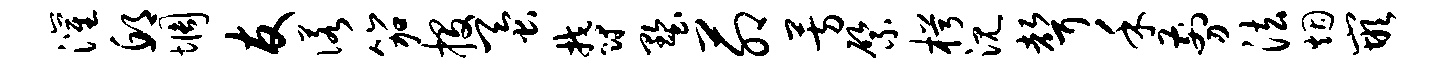
灌邱惆友诺笳投蚕郁墅茆芳綮枵沉声禾剪法烟嵌